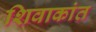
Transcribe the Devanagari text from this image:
शिवाकांत